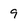
Character: 9